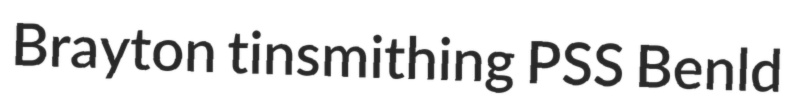
Brayton tinsmithing PSS Benld